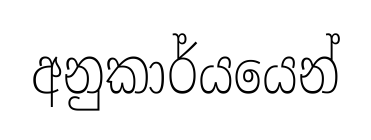
අනුකාර්යයෙන්